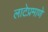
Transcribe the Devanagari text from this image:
लाटेप्रमाणे